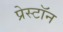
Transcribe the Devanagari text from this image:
प्रेस्टॉन